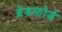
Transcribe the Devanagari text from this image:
ब्रेडफ़ोर्ड